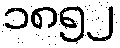
၁၈၅၂